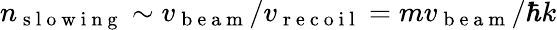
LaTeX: n_{\mathrm{~s~l~o~w~i~n~g~}}\sim v_{\mathrm{~b~e~a~m~}}/v_{\mathrm{~r~e~c~o~i~l~}}=mv_{\mathrm{~b~e~a~m~}}/\hbar k